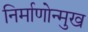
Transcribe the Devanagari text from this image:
निर्माणोन्मुख